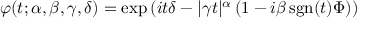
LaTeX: \varphi ( t ; \alpha , \beta , \gamma , \delta ) = \exp \left( i t \delta - | \gamma t | ^ { \alpha } \left( 1 - i \beta \operatorname { s g n } ( t ) \Phi \right) \right)